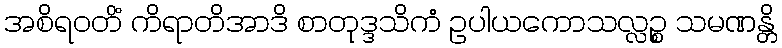
အစိရဝတိံ ကိရာတိအာဒိ စာတုဒ္ဒသိကံ ဥပါယကောသလ္လဉ္စ သမဏန္တိ